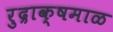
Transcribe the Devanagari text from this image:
रुद्राक्षमाळ